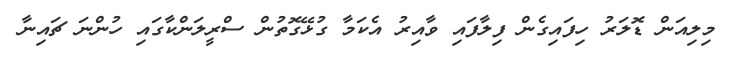
މިލިއަން ޑޮލަރު ހިފައިގެން ފިލާފައި ވާއިރު އެކަމާ ގުޅޭގޮތުން ސްރީލަންކާގައި ހުންނަ ޗައިނާ